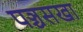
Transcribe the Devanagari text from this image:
पञ्चसखा